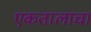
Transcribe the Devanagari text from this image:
एकतालाचा